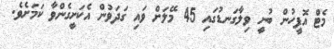
މެޓް އޮފީހުން ބުނީ ވިލާގަނޑުގައި 45 މޭލަށް ވައި ގަަދަވުން އެކަށީގެންވާ ކަމަށެވެ.